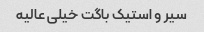
سیر و استیک باگت خیلی عالیه